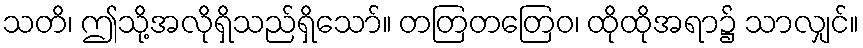
သတိ၊ ဤသို့အလိုရှိသည်ရှိသော်။ တတြတတြေဝ၊ ထိုထိုအရာ၌ သာလျှင်။